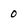
Character: 0